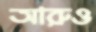
আরুও